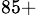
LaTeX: ^{85+}